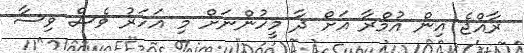
ރާއްޖެ އިން އުމްރާ އަށް ދާ މީހުންނަށް މި އަހަރު ވެސް ވިސާ